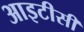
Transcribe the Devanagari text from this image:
आइटीसी